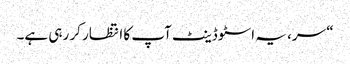
“ سر، یہ اسٹوڈینٹ آپ کا انتظار کر رہی ہے۔